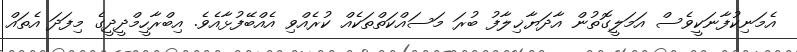
އެމަނިކުފާނަކީވެސް އަމަލީގޮތުން އާދަޔާޚިލާފު ބުރަ މަސައްކަތްތަކެއް ކުރެއްވި އެއްބޭފުޅާއެވެ. އިބްރާހީމްދީދީގެ މިފަދަ އެތައް